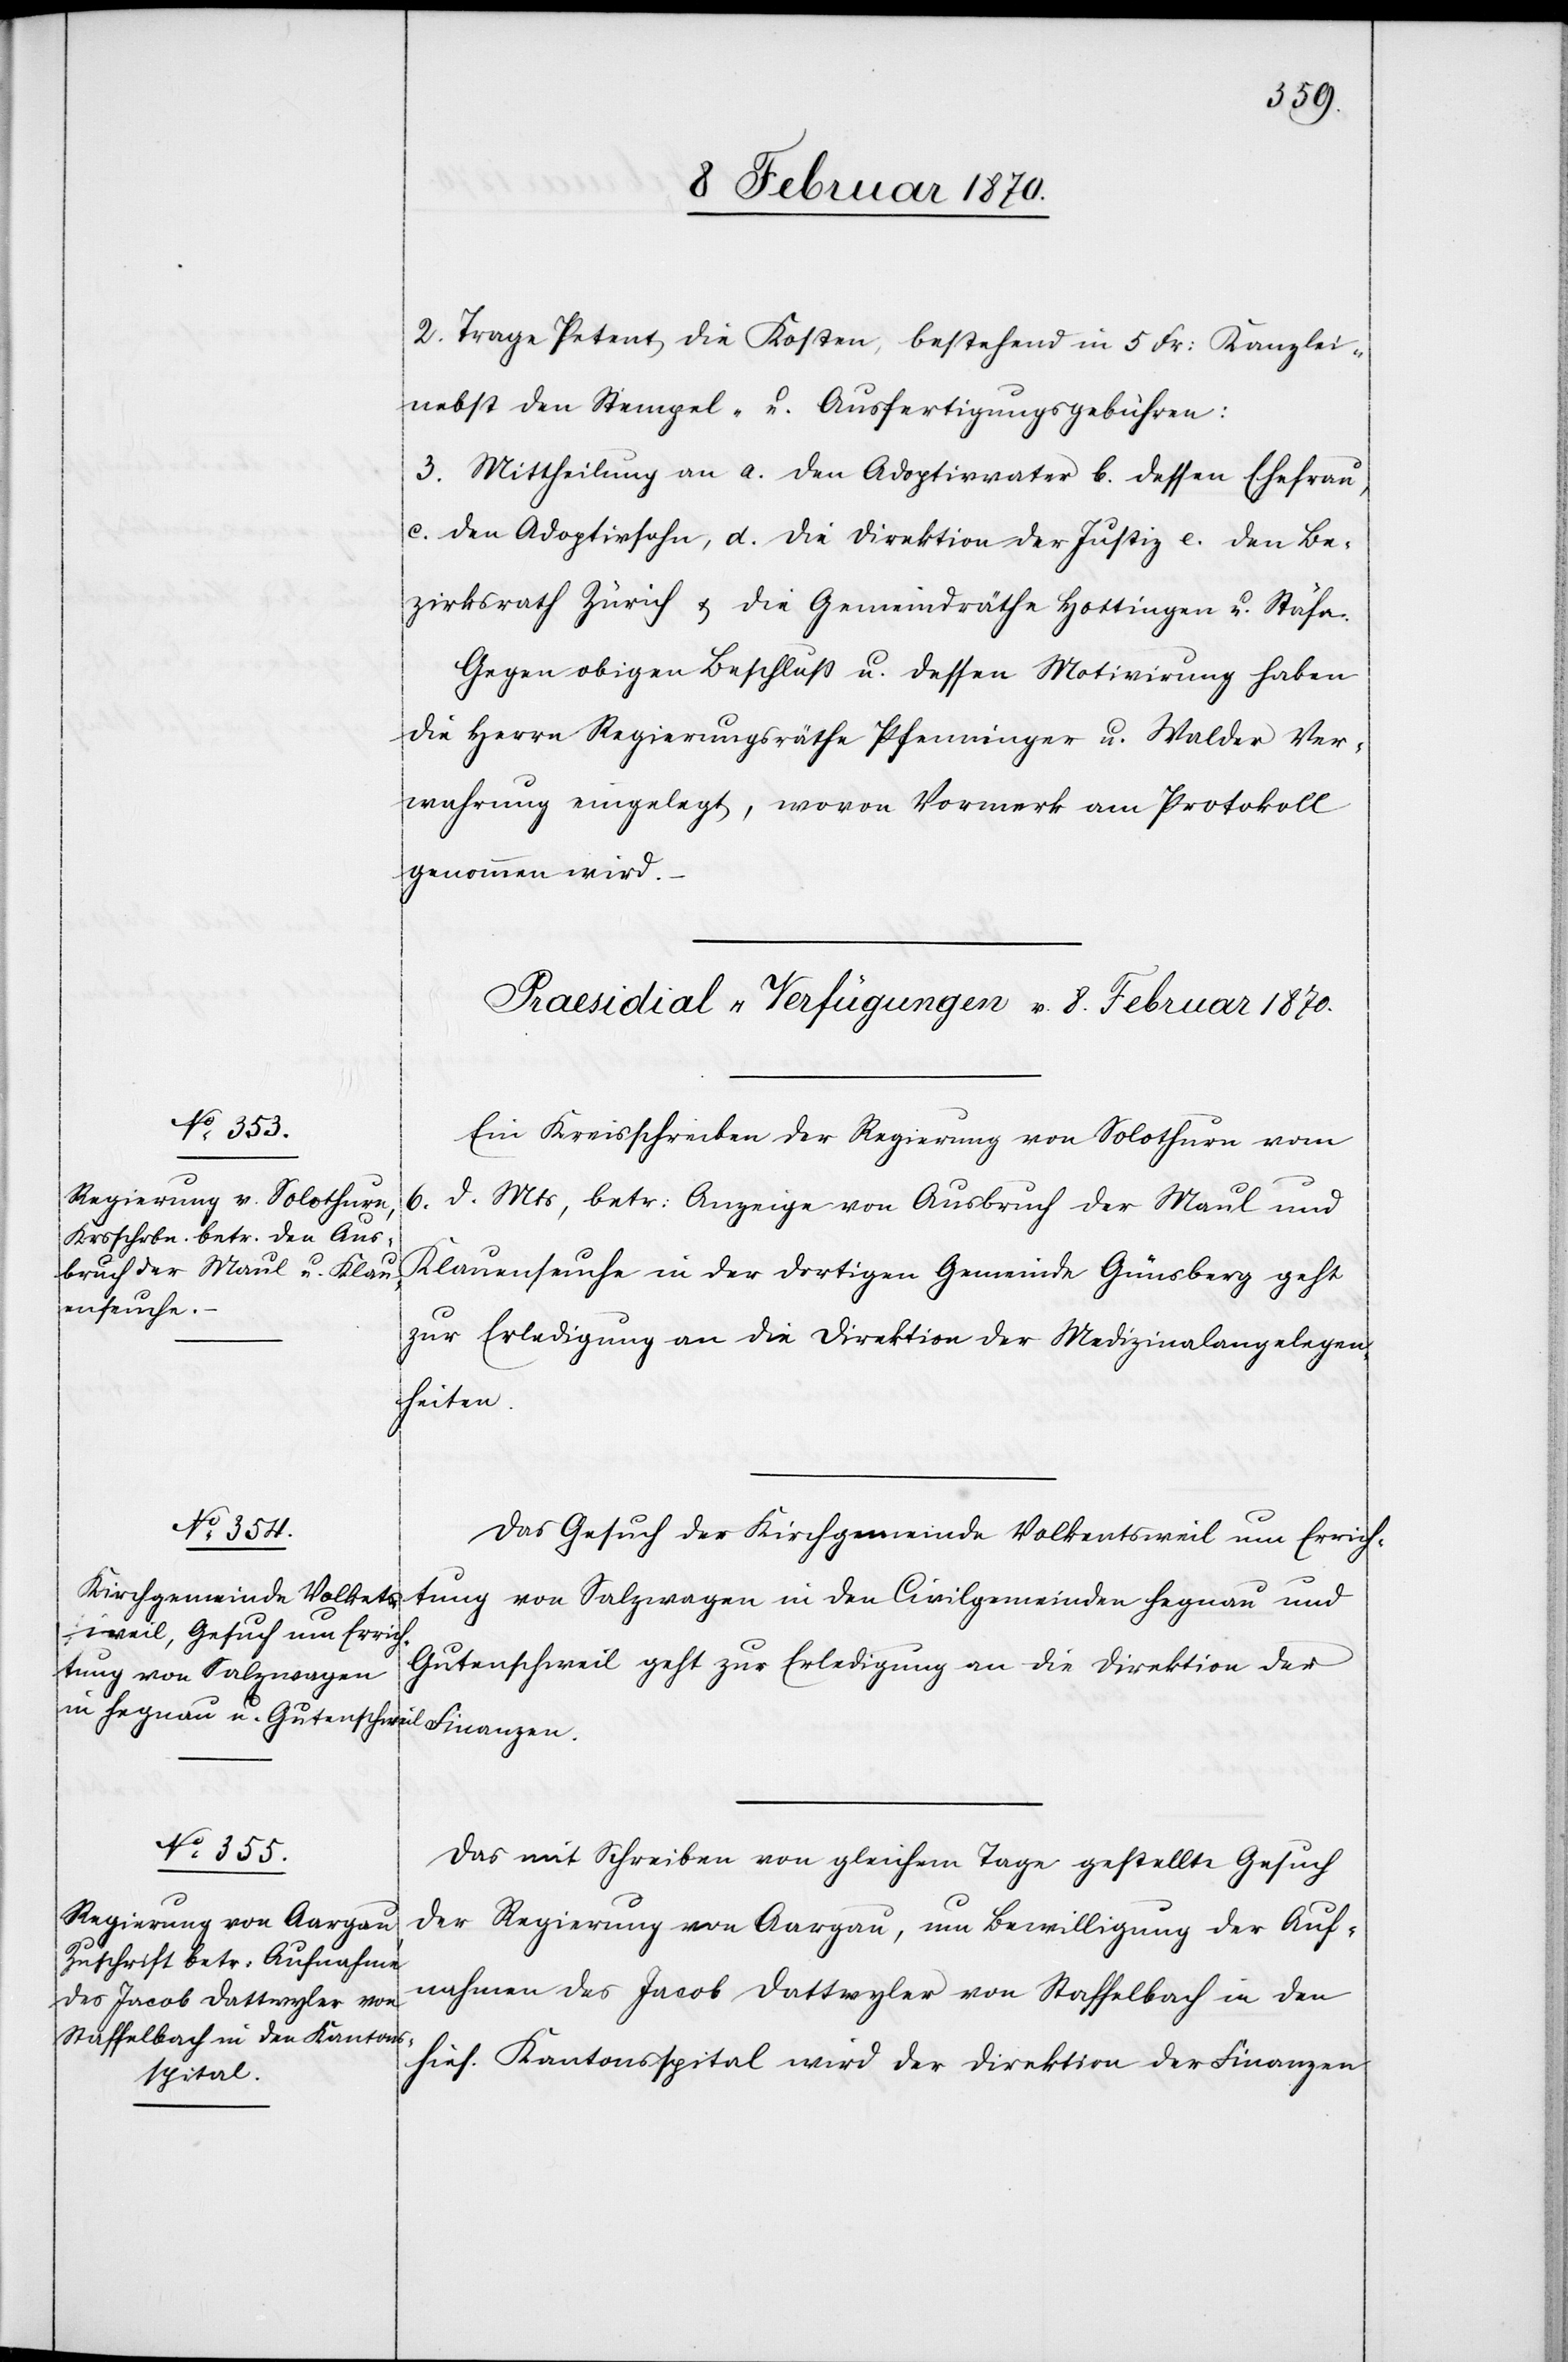
2. Trage Petent die Kosten, bestehend in 5 Fr: Kanzlei-
nebst den Stempel- u. Ausfertigungsgebühren:
3. Mittheilung an a. den Adoptivvater b. dessen Ehefrau,
c. den Adoptivsohn, d. die Direktion der Justiz e. den Be¬
zirksrath Zürich & die Gemeindräthe Hottingen u. Stäfa.
Gegen obigen Beschluß u. dessen Motivirung haben
die Herrn Regierungsräthe Pfenninger u. Walder Ver¬
wahrung eingelegt, wovon Vormerk am Protokoll
genommen wird.
[Praesidial-Verfügungen v. 8. Februar 1870.]
Ein Kreisschreiben der Regierung von Solothurn vom
6.
d. Mts, betr: Anzeige von Ausbruch der Maul[-] und
Klauenseuche in der dortigen Gemeinde Günsberg geht
zur Erledigung an die Direktion der Medizinalangelegen¬
heiten.
Das Gesuch der Kirchgemeinde Volkentsweil [sic!] um Errich¬
tung von Salzwagen in den Civilgemeinden Hegnau und
Gutenschweil geht zur Erledigung an die Direktion der
Das mit Schreiben von gleichem Tage gestellte Gesuch
der Regierung von Aargau, um Bewilligung der Auf¬
nahmen [sic!] des Jacob Dattwyler von Staffelbach in den
hies. Kantonsspital wir der Direktion der Finanzen